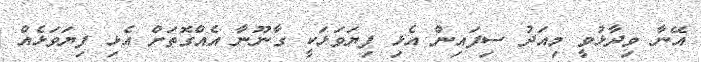
އޭނާ ވިދާޅުވީ މިއަދު ސިފައިން އެޅި ފިޔަވަޅަކީ ގާނޫނާ އެއްގޮތަށް އެޅި ފިޔަވަޅެއް